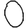
Digit: 0